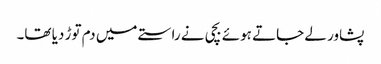
پشاور لے جاتے ہوئے بچی نے راستے میں دم توڑ دیا تھا۔